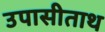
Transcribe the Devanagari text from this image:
उपासीताथ